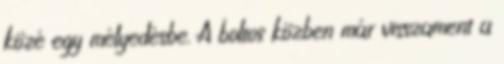
közé egy mélyedésbe. A boltos közben már visszament a